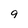
Character: 9